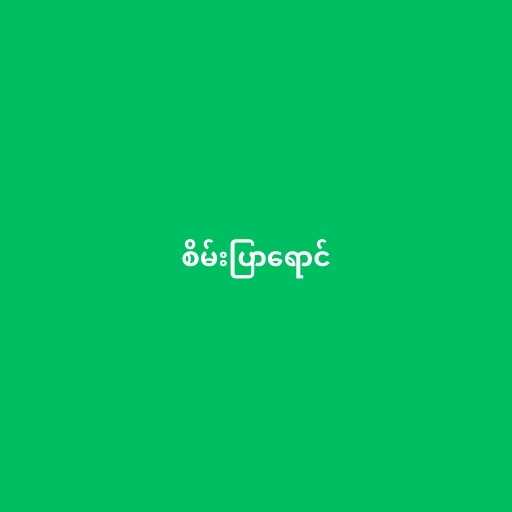
စိမ်းပြာရောင်